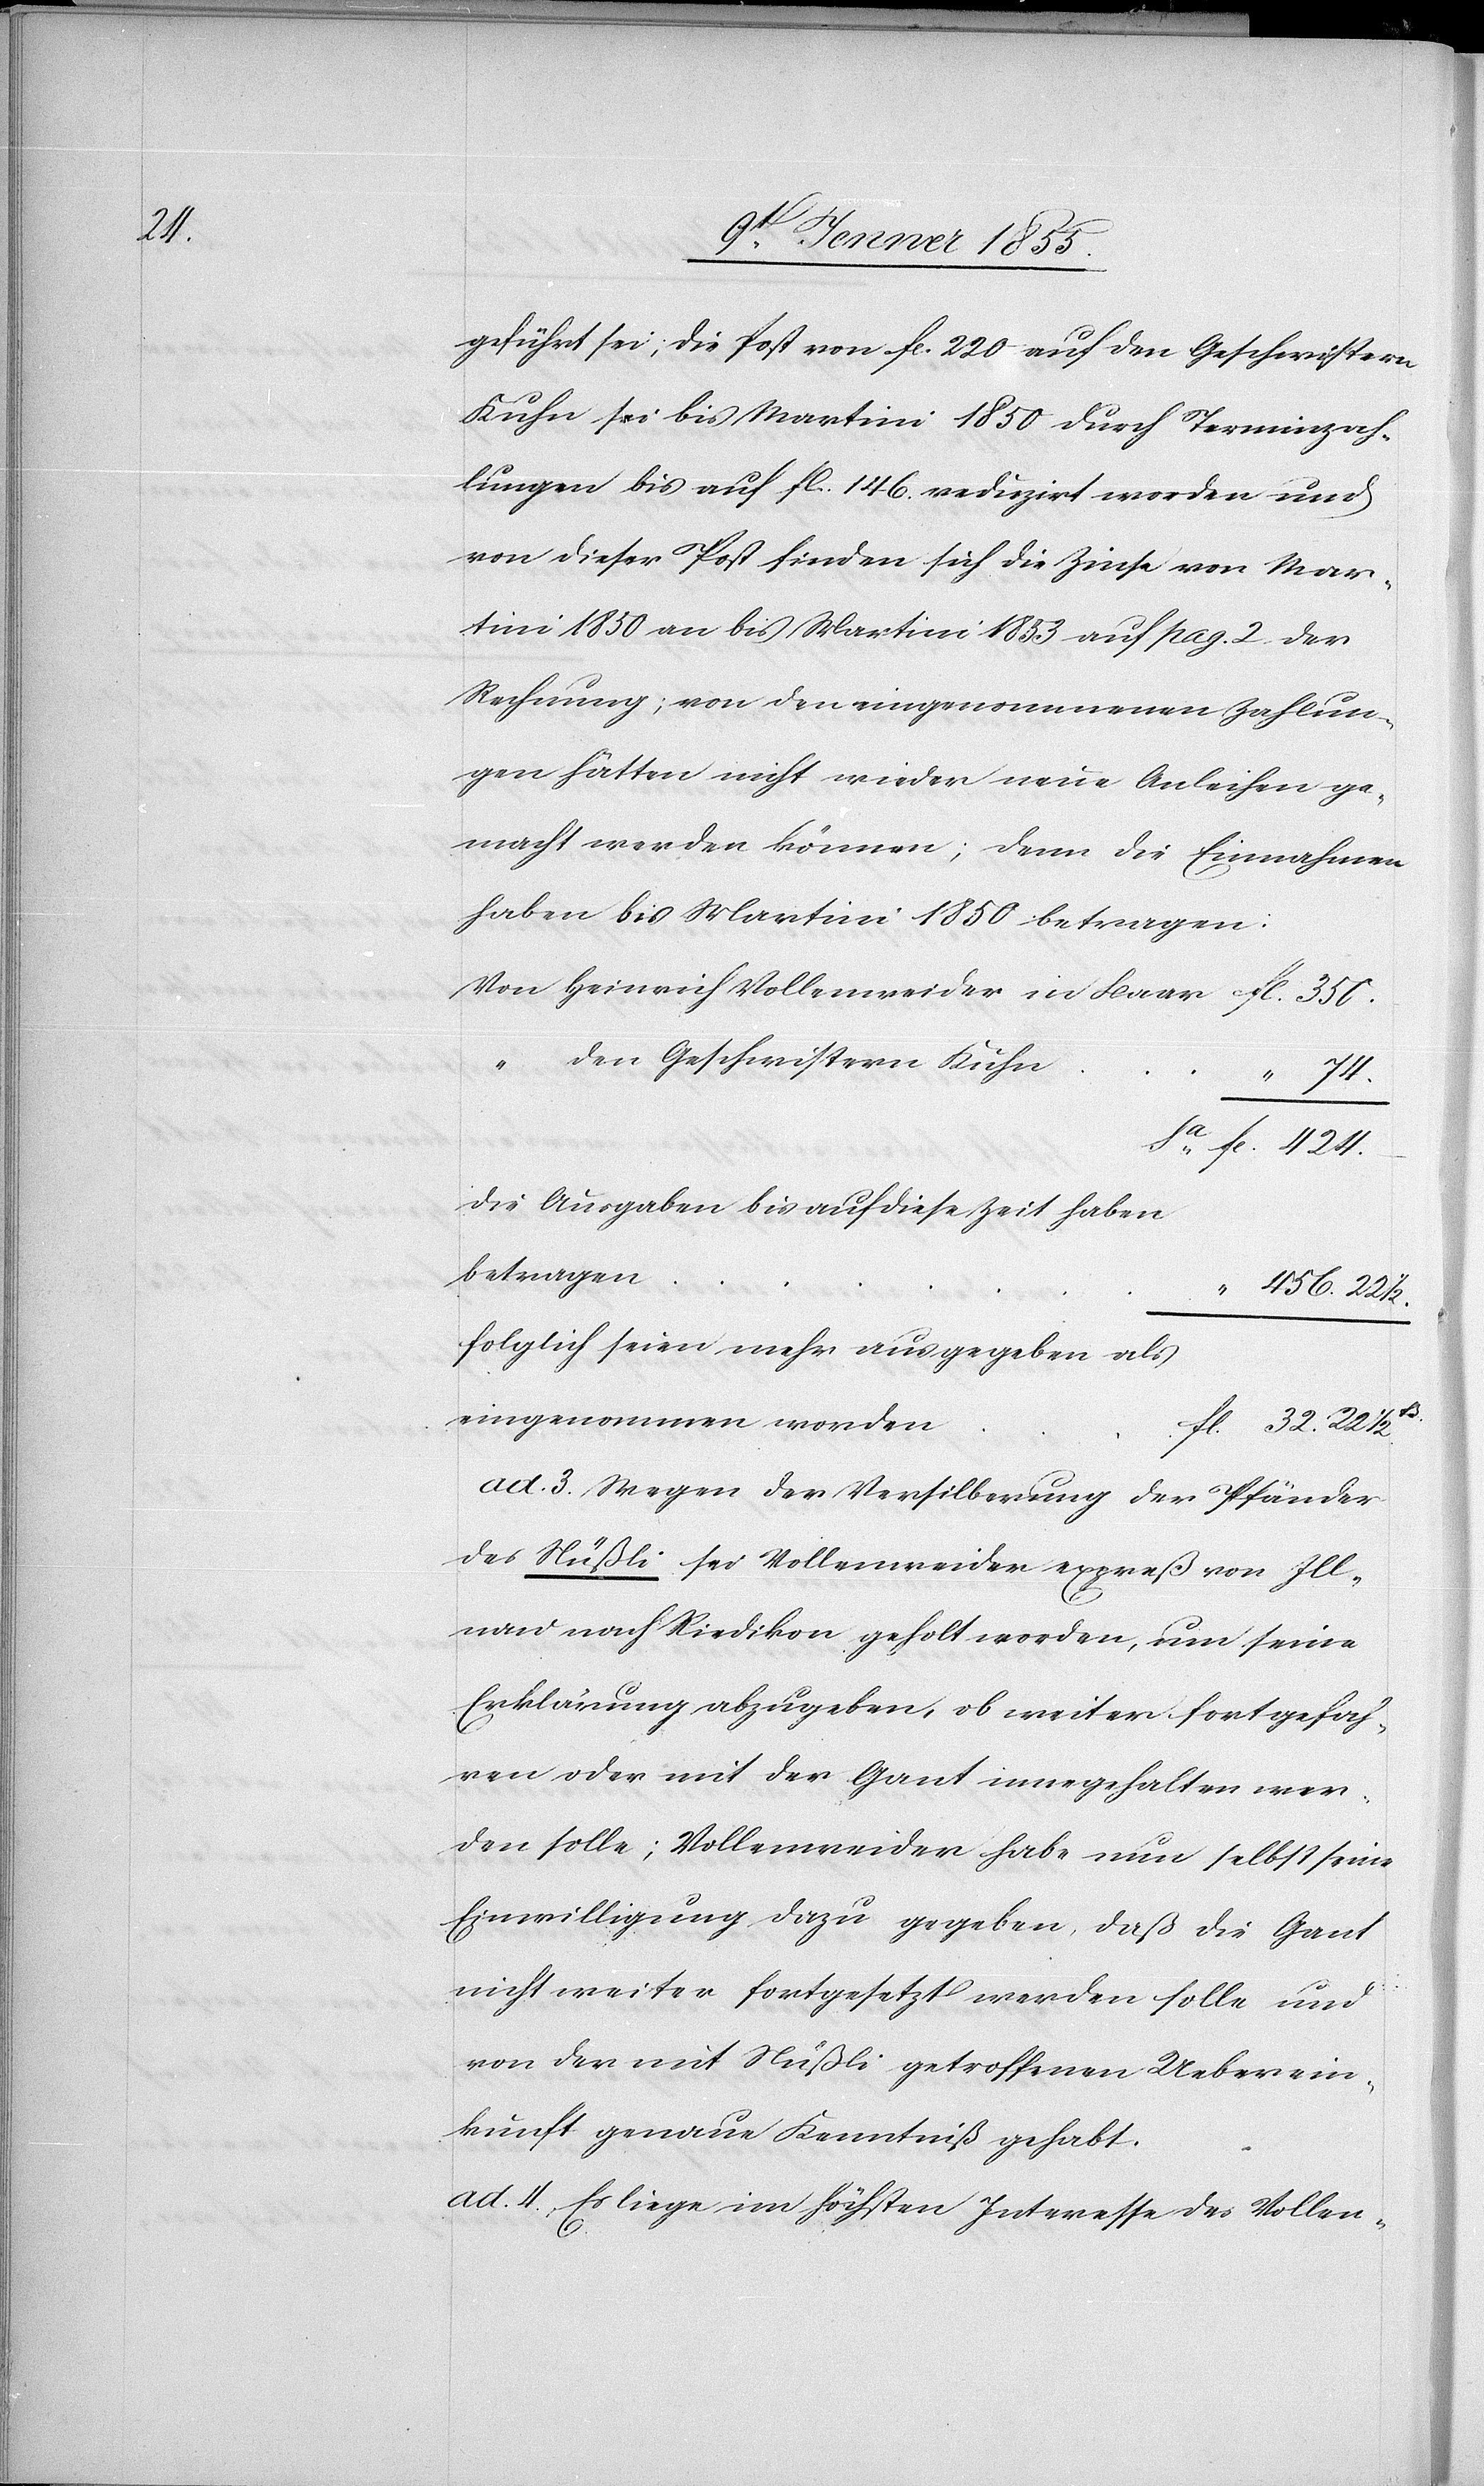
424.

geführt sei; die Post von fl. 220 auf den Geschwistern
Kuhn sei bis Martini 1850 durch Terminzah¬
lungen bis auf fl. 146. reduzirt worden und
von dieser Post finden sich die Zinse von Mar¬
tini 1850 an bis Martini 1853 auf pag. 2. der
Rechnung; von den eingenommenen Zahlun¬
gen hätten nicht wieder neue Anleihen ge¬
macht werden können; denn die Einnahmen
haben bis Martini 1850 betragen:
Von Heinrich Vollenweider in Baar
“ den Geschwistern Kuhn
fl.
Die Ausgaben bis auf diese Zeit haben
betragen
“
456. 22 1/2.
folglich seien mehr ausgegeben als
eingenommen worden
fl. 32. 22 1/2.ß
ad. 3. Wegen der Versilberung der Pfänder
des Nüßli sei Vollenweider expreß von Ill¬
nau nach Riedikon geholt worden, um seine
Erklärung abzugeben, ob weiter fortgefah¬
ren oder mit der Gant innegehalten wer¬
den solle; Vollenweider habe nun selbst seine
Einwilligung dazu gegeben, daß die Gant
nicht weiter fortgesetzt werden solle und
von der mit Nüßli getroffenen Ueberein¬
kunft genaue Kenntniß gehabt.
ad. 4., Es liege im höchsten Interesse des Vollen-